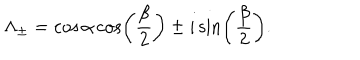
LaTeX: \Lambda _ { \pm } = \cos \alpha \cos \left( \frac { \beta } { 2 } \right) \pm i \sin \left( \frac { \beta } { 2 } \right) .